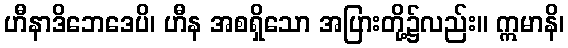
ဟီနာဒိဘေဒေပိ၊ ဟီန အစရှိသော အပြားတို့၌လည်း။ ဣမာနိ၊